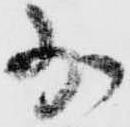
少